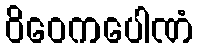
ဝိဝေကပေါဏံ